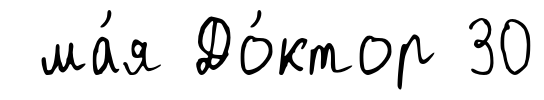
ма́я До́ктор 30